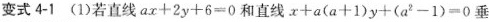
变式4-1 (1)若直线$$ax+2y+6=0$$和直线$$x+a(a+1)y+(a^{2}-1)=0$$垂